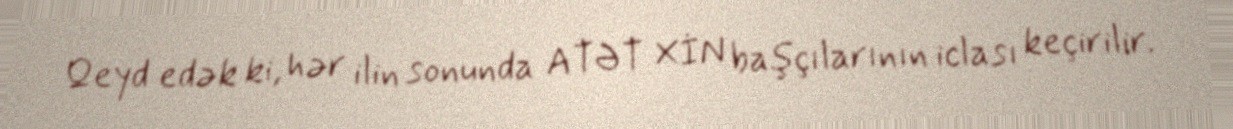
Qeyd edək ki, hər ilin sonunda ATƏT XİN başçılarının iclası keçirilir.